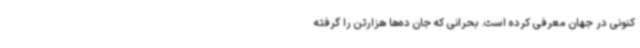
کنونی در جهان معرفی کرده است. بحرانی که جان ده‌ها هزارتن را گرفته